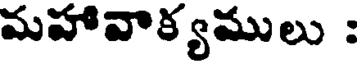
మహావాక్యములు :